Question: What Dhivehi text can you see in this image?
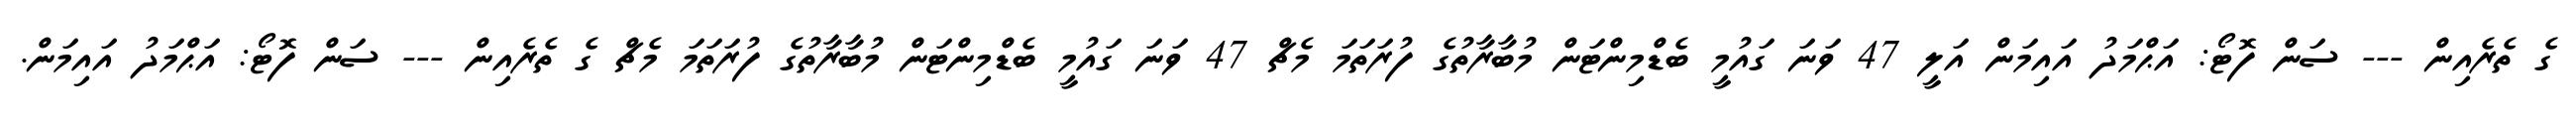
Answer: ގެ ތެރެއިން --- ސަން ފޮޓޯ: އަޙްމަދު އައިމަން އަލީ 47 ވަނަ ގައުމީ ބެޑްމިންޓަން މުބާރާތުގެ ފުރަތަމަ މެޗް 47 ވަނަ ގައުމީ ބެޑްމިންޓަން މުބާރާތުގެ ފުރަތަމަ މެޗް ގެ ތެރެއިން --- ސަން ފޮޓޯ: އަޙްމަދު އައިމަން.